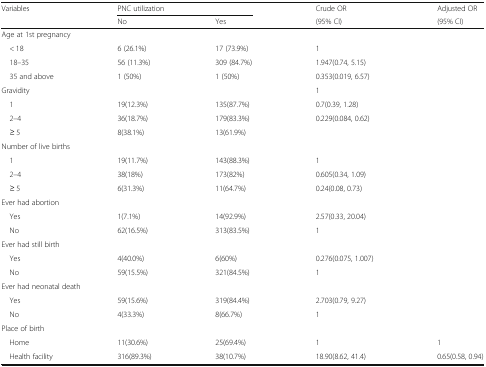
<table><thead><tr><td rowspan="2"><b>Variables</b></td><td colspan="2"><b>PNC utilization</b></td><td><b>Crude OR</b></td><td><b>Adjusted OR</b></td></tr><tr><td><b>No</b></td><td><b>Yes</b></td><td><b>(95% CI)</b></td><td><b>(95% CI)</b></td></tr></thead><tbody><tr><td colspan="5">Age at 1st pregnancy</td></tr><tr><td> &lt; 18</td><td>6 (26.1%)</td><td>17 (73.9%)</td><td>1</td><td rowspan="3"></td></tr><tr><td> 18–35</td><td>56 (11.3%)</td><td>309 (84.7%)</td><td>1.947(0.74, 5.15)</td></tr><tr><td> 35 and above</td><td>1 (50%)</td><td>1 (50%)</td><td>0.353(0.019, 6.57)</td></tr><tr><td colspan="3">Gravidity</td><td>1</td><td></td></tr><tr><td> 1</td><td>19(12.3%)</td><td>135(87.7%)</td><td>0.7(0.39, 1.28)</td><td rowspan="3"></td></tr><tr><td> 2–4</td><td>36(18.7%)</td><td>179(83.3%)</td><td>0.229(0.084, 0.62)</td></tr><tr><td> ≥ 5</td><td>8(38.1%)</td><td>13(61.9%)</td><td></td></tr><tr><td colspan="5">Number of live births</td></tr><tr><td> 1</td><td>19(11.7%)</td><td>143(88.3%)</td><td>1</td><td rowspan="3"></td></tr><tr><td> 2–4</td><td>38(18%)</td><td>173(82%)</td><td>0.605(0.34, 1.09)</td></tr><tr><td> ≥ 5</td><td>6(31.3%)</td><td>11(64.7%)</td><td>0.24(0.08, 0.73)</td></tr><tr><td colspan="5">Ever had abortion</td></tr><tr><td> Yes</td><td>1(7.1%)</td><td>14(92.9%)</td><td>2.57(0.33, 20.04)</td><td rowspan="2"></td></tr><tr><td> No</td><td>62(16.5%)</td><td>313(83.5%)</td><td>1</td></tr><tr><td colspan="5">Ever had still birth</td></tr><tr><td> Yes</td><td>4(40.0%)</td><td>6(60%)</td><td>0.276(0.075, 1.007)</td><td rowspan="2"></td></tr><tr><td> No</td><td>59(15.5%)</td><td>321(84.5%)</td><td>1</td></tr><tr><td colspan="5">Ever had neonatal death</td></tr><tr><td> Yes</td><td>59(15.6%)</td><td>319(84.4%)</td><td>2.703(0.79, 9.27)</td><td rowspan="2"></td></tr><tr><td> No</td><td>4(33.3%)</td><td>8(66.7%)</td><td>1</td></tr><tr><td colspan="5">Place of birth</td></tr><tr><td> Home</td><td>11(30.6%)</td><td>25(69.4%)</td><td>1</td><td>1</td></tr><tr><td> Health facility</td><td>316(89.3%)</td><td>38(10.7%)</td><td>18.90(8.62, 41.4)</td><td>0.65(0.58, 0.94)</td></tr></tbody></table>